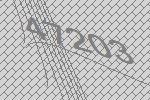
47203